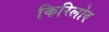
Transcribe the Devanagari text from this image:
किरिलोव